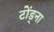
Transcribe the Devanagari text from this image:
टोंड्ना